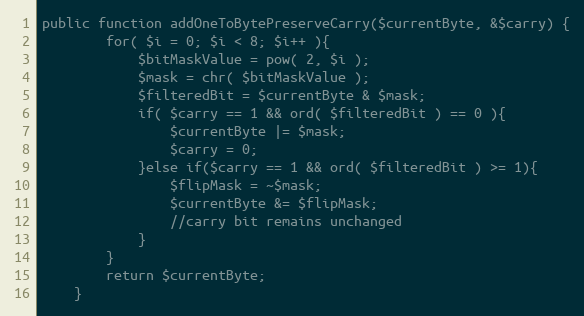
Language: PHP
public function addOneToBytePreserveCarry($currentByte, &$carry) {
        for( $i = 0; $i < 8; $i++ ){
            $bitMaskValue = pow( 2, $i );
            $mask = chr( $bitMaskValue );
            $filteredBit = $currentByte & $mask;
            if( $carry == 1 && ord( $filteredBit ) == 0 ){
                $currentByte |= $mask;
                $carry = 0;
            }else if($carry == 1 && ord( $filteredBit ) >= 1){
                $flipMask = ~$mask;
                $currentByte &= $flipMask;
                //carry bit remains unchanged
            }
        }
        return $currentByte;
    }